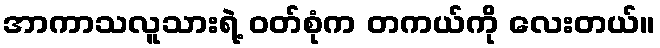
အာကာသလူသားရဲ့ ဝတ်စုံက တကယ်ကို လေးတယ်။